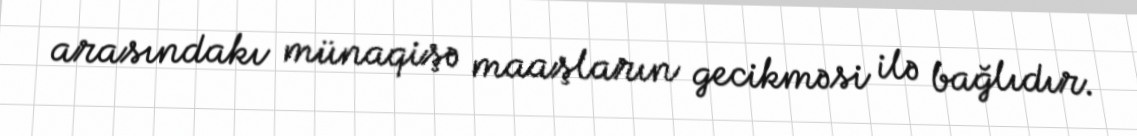
arasındakı münaqişə maaşların gecikməsi ilə bağlıdır.